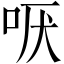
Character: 𫩫